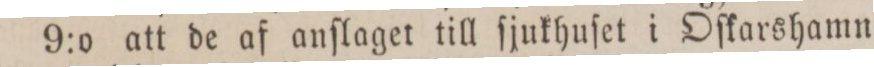
9:o att de af anſlaget till ſjukhuſet i Oſkarshamn